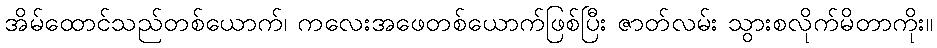
အိမ်ထောင်သည်တစ်ယောက်၊ ကလေးအဖေတစ်ယောက်ဖြစ်ပြီး ဇာတ်လမ်း သွားစလိုက်မိတာကိုး။